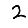
Digit: 2